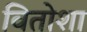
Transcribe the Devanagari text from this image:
वितोशा